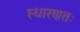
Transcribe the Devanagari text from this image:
स्धारणतः